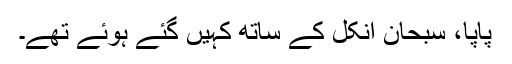
پاپا، سبحان انکل کے ساتھ کہیں گئے ہوئے تھے۔